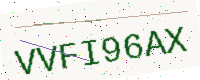
Text: VVFI96AX